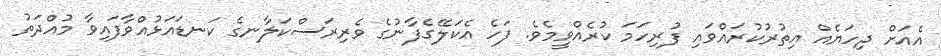
އެއަށް ދިހަޔެއް އިތުރުކުރައްވައި ފުރިހަމަ ކުރެއްވީމެވެ. ފަހެ އެކަލޭގެފާނުގެ ވެރިރަސްކަލާނގެ ކަނޑައަޅުއްވާފައިވާ މުއްދަތު